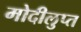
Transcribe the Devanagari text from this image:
मोदीलुप्त